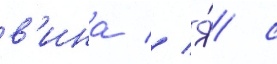
в'ина // Я́ с